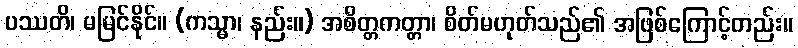
ပဿတိ၊ မမြင်နိုင်။ (ကသ္မာ၊ နည်း။) အစိတ္တကတ္တာ၊ စိတ်မဟုတ်သည်၏ အဖြစ်ကြောင့်တည်း။